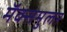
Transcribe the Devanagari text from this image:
मॅक्समुलर